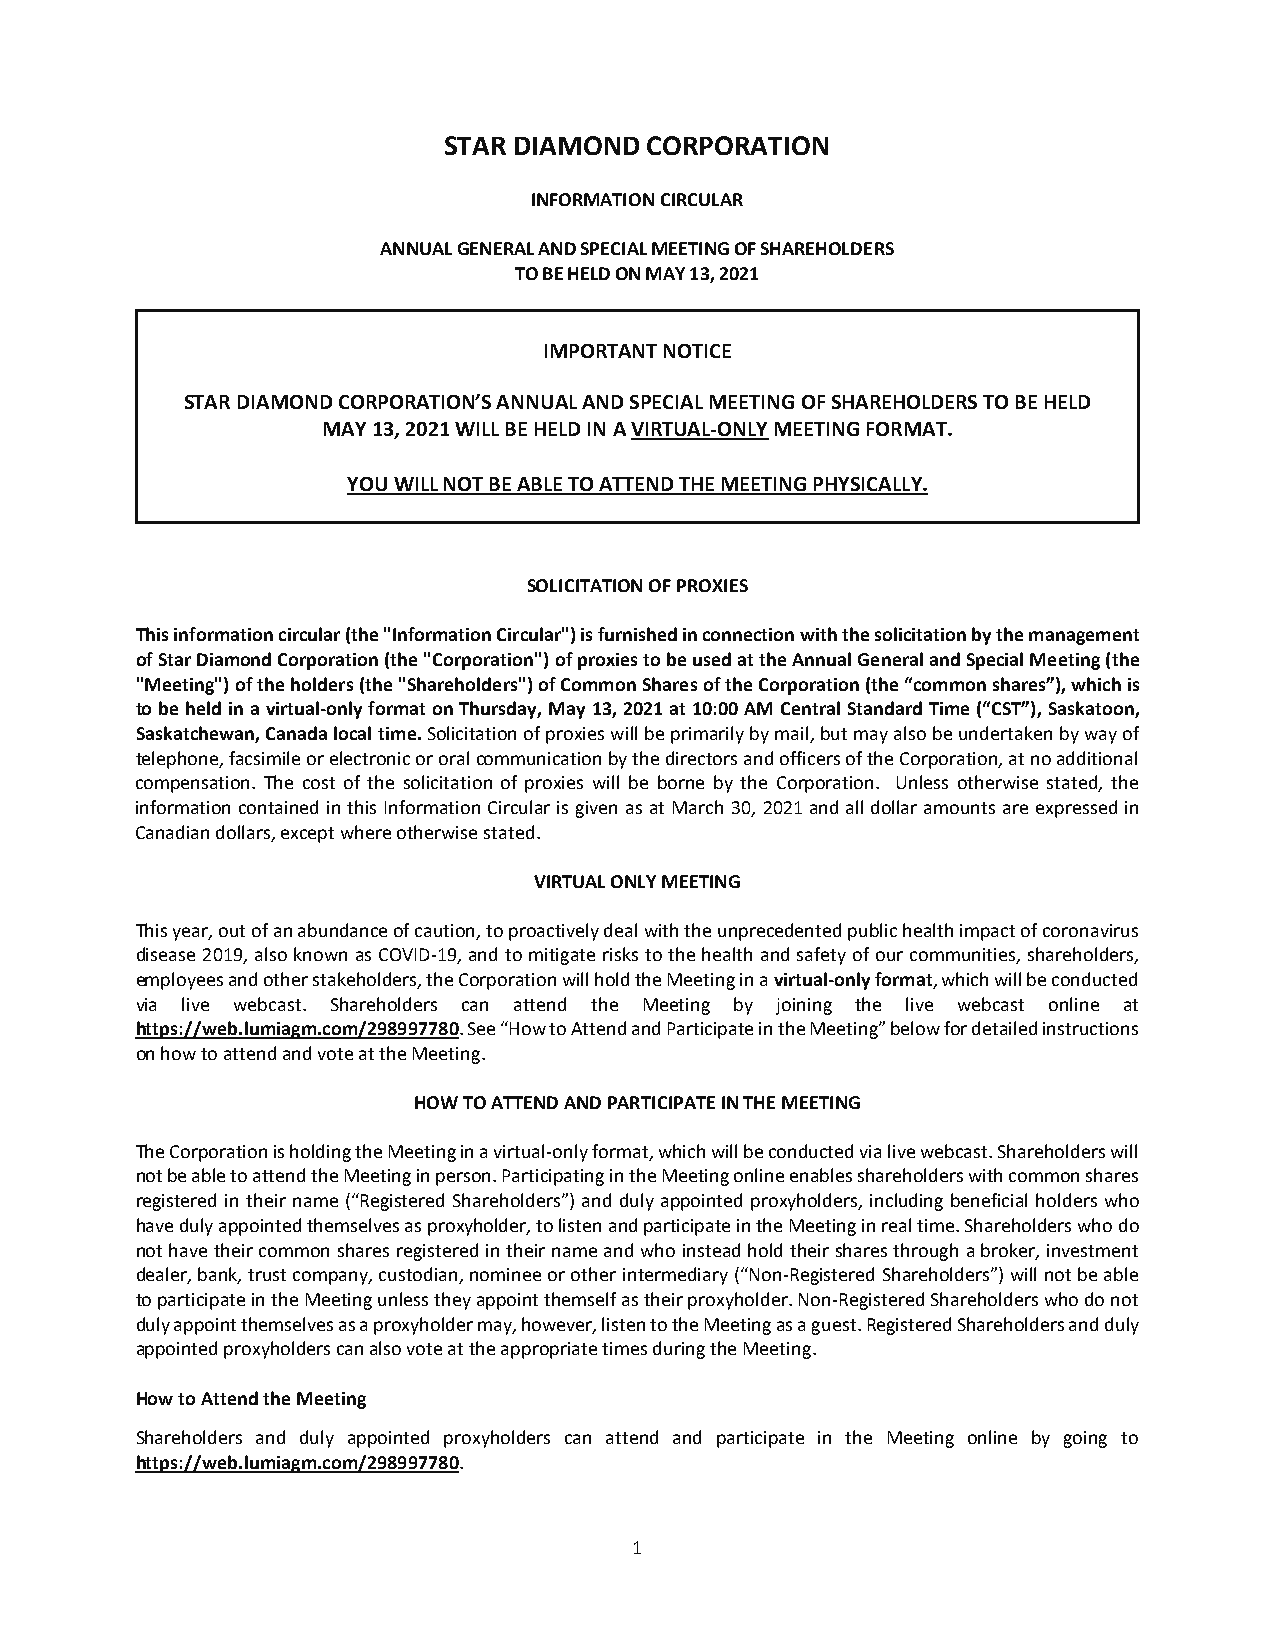
STAR DIAMOND  CORPORATION
 INFORMATION CIRCULAR
 ANNUAL GENERAL AND SPECIAL MEETING OF SHAREHOLDERS
 TO BE HELD ON MAY 13, 2021
 IMPORTANT NOTICE
 STAR DIAMOND CORPORATION’S ANNUAL AND SPECIAL MEETING OF SHAREHOLDERS TO BE HELD
 MAY 13, 2021 WILL BE HELD IN A VIRTUAL-ONLY MEETING FORMAT.
 YOU WILL NOT BE ABLE TO ATTEND THE MEETING PHYSICALLY.
 SOLICITATION OF PROXIES
 This information circular (the "Information Circular") is furnished in connection with the solicitation by the management
 of Star Diamond Corporation (the "Corporation") of proxies to be used at the Annual General and Special Meeting (the
 "Meeting") of the holders (the "Shareholders") of Common Shares of the Corporation (the “common shares”), which is
 to be held in a virtual-only format on Thursday, May 13, 2021 at 10:00 AM Central Standard Time (“CST”), Saskatoon,
 Saskatchewan, Canada local time. Solicitation of proxies will be primarily by mail, but may also be undertaken by way of
 telephone, facsimile or electronic or oral communication by the directors and officers of the Corporation, at no additional
 compensation. The cost of the solicitation of proxies will be borne by the Corporation. Unless otherwise stated, the
 information contained in this Information Circular is given as at March 30, 2021 and all dollar amounts are expressed in
 Canadian dollars, except where otherwise stated.
 VIRTUAL ONLY MEETING
 This year, out of an abundance of caution, to proactively deal with the unprecedented public health impact of coronavirus
 disease 2019, also known as COVID-19, and to mitigate risks to the health and safety of our communities, shareholders,
 employees and other stakeholders, the Corporation will hold the Meeting in a virtual-only format, which will be conducted
 via live webcast. Shareholders can attend the Meeting by joining the live webcast online at
 https://web.lumiagm.com/298997780. See “How to Attend and Participate in the Meeting” below for detailed instructions
 on how to attend and vote at the Meeting.
 HOW TO ATTEND AND PARTICIPATE IN THE MEETING
 The Corporation is holding the Meeting in a virtual-only format, which will be conducted via live webcast. Shareholders will
 not be able to attend the Meeting in person. Participating in the Meeting online enables shareholders with common shares
 registered in their name (“Registered Shareholders”) and duly appointed proxyholders, including beneficial holders who
 have duly appointed themselves as proxyholder, to listen and participate in the Meeting in real time. Shareholders who do
 not have their common shares registered in their name and who instead hold their shares through a broker, investment
 dealer, bank, trust company, custodian, nominee or other intermediary (“Non-Registered Shareholders”) will not be able
 to participate in the Meeting unless they appoint themself as their proxyholder. Non-Registered Shareholders who do not
 duly appoint themselves as a proxyholder may, however, listen to the Meeting as a guest. Registered Shareholders and duly
 appointed proxyholders can also vote at the appropriate times during the Meeting.
 How to Attend the Meeting
 Shareholders and duly appointed proxyholders can attend and participate in the Meeting online by going to
 https://web.lumiagm.com/298997780.
 1